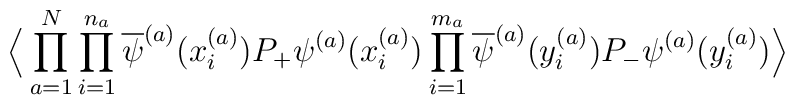
\Big\langle \prod_{a=1}^N\prod_{i=1}^{n_a} \overline{\psi}^{(a)}(x^{(a)}_i )P_+ \psi^{(a)}(x^{(a)}_i )\prod_{i=1}^{m_a} \overline{\psi}^{(a)}(y^{(a)}_i )P_- \psi^{(a)}(y^{(a)}_i ) \Big\rangle